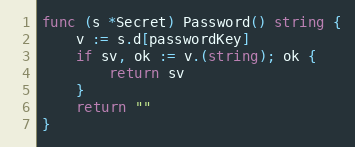
Language: Go
func (s *Secret) Password() string {
	v := s.d[passwordKey]
	if sv, ok := v.(string); ok {
		return sv
	}
	return ""
}